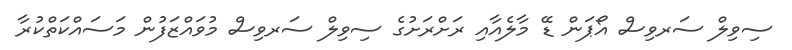
ސިވިލް ސަރވިސް އޯޕަން ޑޭ މާލެއާއި ރަށްރަށުގެ ސިވިލް ސަރވިސް މުވައްޒަފުން މަސައްކަތްކުރާ